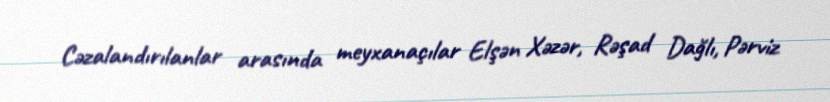
Cəzalandırılanlar arasında meyxanaçılar Elşən Xəzər, Rəşad Dağlı, Pərviz